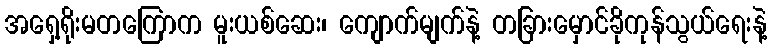
အရှေ့ရိုးမတကြောက မူးယစ်ဆေး၊ ကျောက်မျက်နဲ့ တခြားမှောင်ခိုကုန်သွယ်ရေးနဲ့